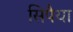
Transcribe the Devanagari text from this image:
सिपैया